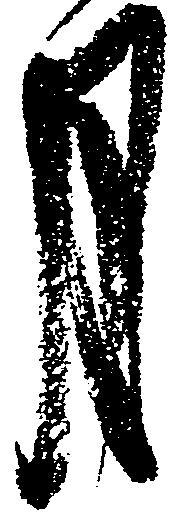
月